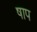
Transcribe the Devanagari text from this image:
षाप